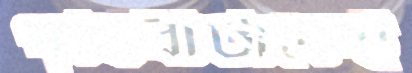
পৃথিবীটাকেই